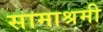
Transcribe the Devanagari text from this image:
सामाश्रमी